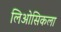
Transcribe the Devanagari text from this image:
लिओसिकला